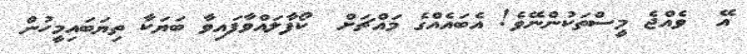
އޭ  ވެއްޖެ މީސްތަކުންނޭވެ! އެބައެއްގެ މައްޗަށް  ކޯފާލައްވާފައިވާ ބަޔަކާ ތިޔަބައިމީހުން